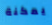
يمكنة